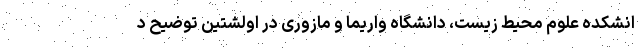
انشکده علوم محیط زیست، دانشگاه واریما و مازوری در اولشتین توضیح د